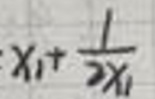
$x_{1}+\frac{1}{2x_{1}}$